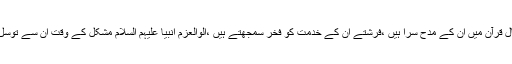
آخرکیوں نہ سمجھیں خود خدا متعال قرآن میں ان کے مدح سرا ہیں ،فرشتے ان کے خدمت کو فخر سمجھتے ہیں ،الوالعزم انبیا علیہم السلام مشکل کے وقت ان سے توسل کرکے نجات حاصل کرتے ہیں ۔